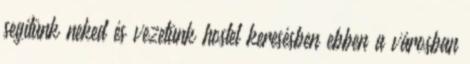
segítünk neked és vezetünk hostel keresésben ebben a városban